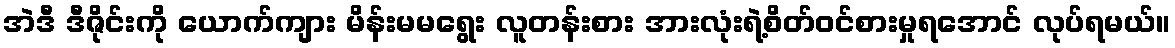
အဲဒီ ဒီဇိုင်းကို ယောက်ကျား မိန်းမမရွေး လူတန်းစား အားလုံးရဲ့စိတ်ဝင်စားမှုရအောင် လုပ်ရမယ်။